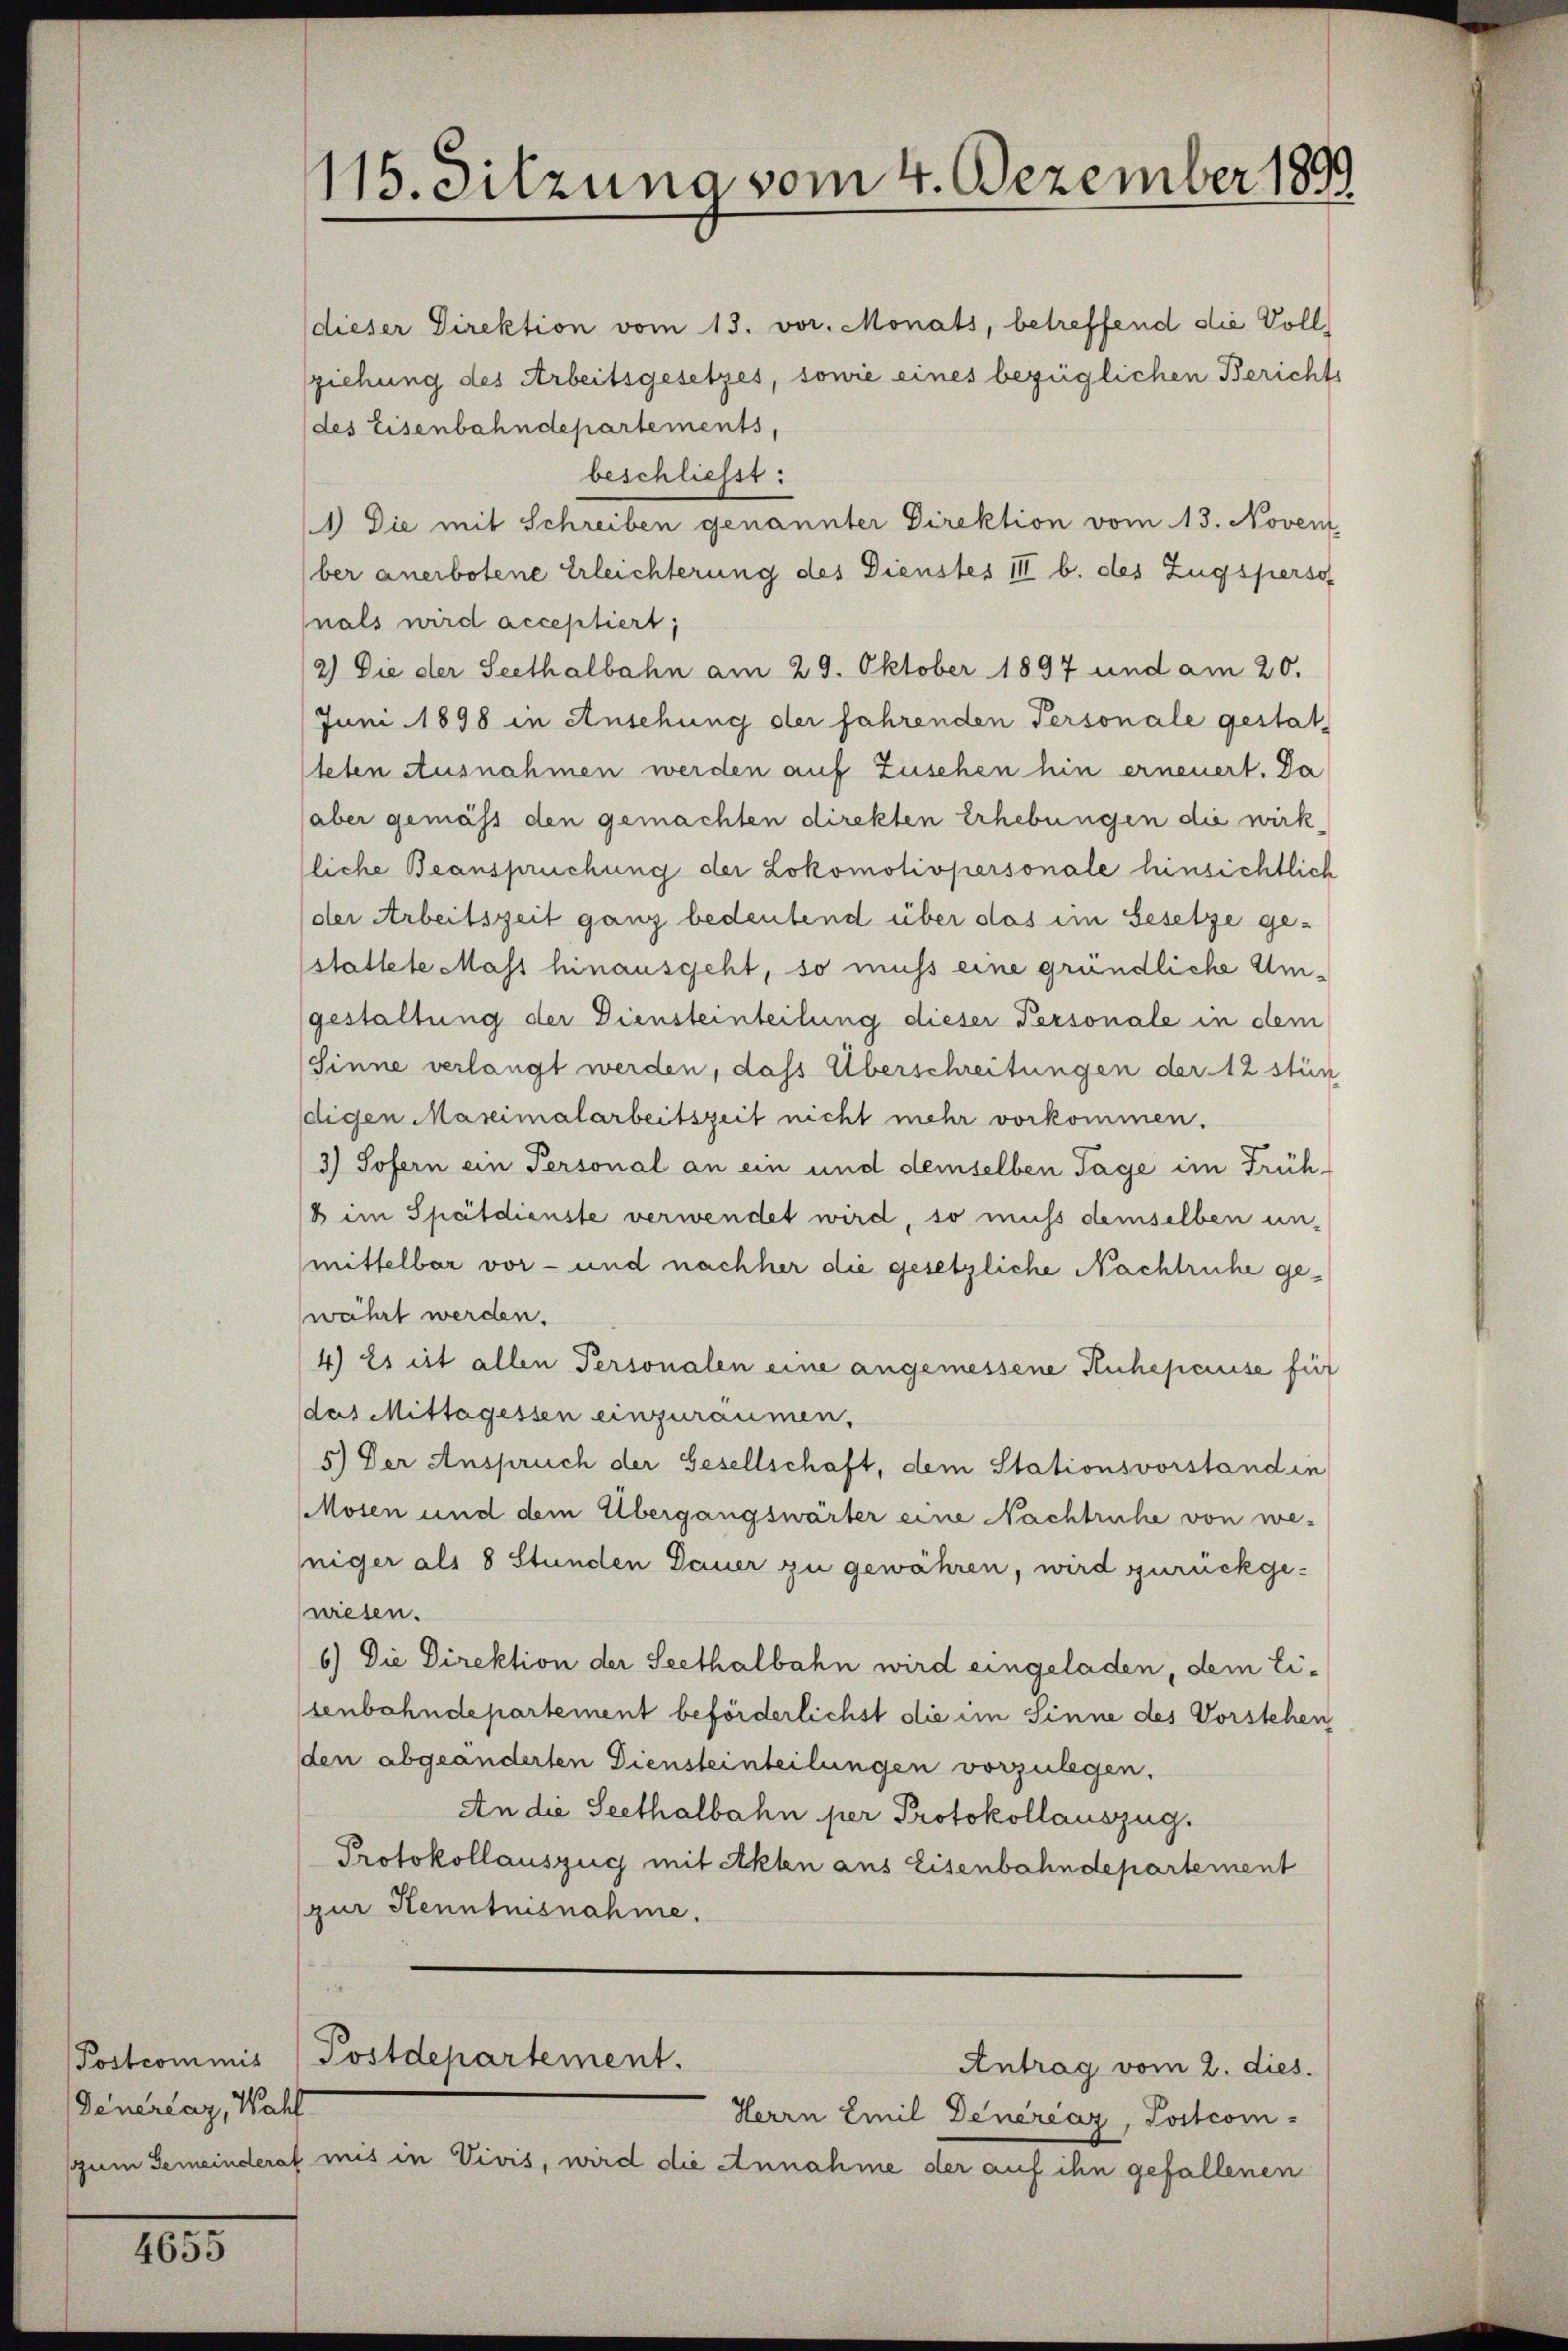
Postcommis
Feuerlag, Wahl

4655

115. Sitzung vom 4. Dezember 1899

dieser Direktion vom 13. vor. Monats, betreffend die Voll
sziehung des Arbeitsgesetzes, sowie eines bezüglichen Bericht
(des Eisenbahndepartements,
beschliesst:
1) Die mit Schreiben genannter Direktion vom 13. Novem
ber anerbotene Erleichterung des Dienstes III b. des Zugsperso
nals wird acceptiert,
2) Die der Seethalbahn am 29. Oktober 1897 und am 20.
Juni 1898 in Ansehung der fahrenden Personale gestat-
teten Ausnahmen werden auf Zuschen hin erneuert. Da
aber gemäss den gemachten direkten Erhebungen die wirk
tliche Beanspruchung der Lokomotivpersonale hinsichtlich
der Arbeitszeit ganz bedeutend über das im Gesetze ge-
stattete Mass hinausgeht, so muss eine gründliche Umgestaltung der Diensteinteilung dieser Personale in dem
(Sinne verlangt werden, das Überschreitungen der 12 stün
digen Maximalarbeitszeit nicht mehr vorkommen.
3) Sofern ein Personal an ein und demselben Tage im Früh-
b im Spätdienste verwendet wird, so muss demselben un-
mittelbar vor- und nachher die gesetzliche Nachtruhe gewährt werden.
4.) Es ist allen Personalen eine angemessene Ruhepause für
das Mittagessen einzuräumen.
5.) Der Anspruch der Gesellschaft, dem Stationsvorstanden
Mosen und dem Übergangswärter eine Nachtruhe von weniger als 8 Stunden Dauer zu gewähren, wird zurückge-
wiesen.
6.) Die Direktion der Seethalbahn wird eingeladen, dem Eisenbahndepartement beförderlichst die im Sinne des Vorstehen
den abgeänderten Diensteinteilungen vorzulegen.
An die Seethalbahn per Protokollauszug.
Protokollauszug mit Akten aus Eisenbahndepartement
(zur Kenntnisnahme.
Postdepartement.
Antrag vom 2. dies.
Herrn Emil Deneraz, Postcom-
sum Gemeinderas mis in Vivis, wird die Annahme der auf ihn gefallenen